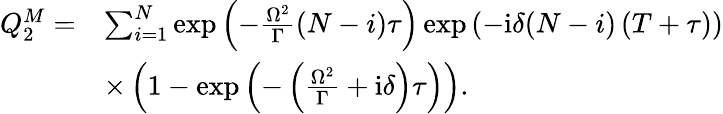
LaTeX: \begin{array}{rl}{Q_{2}^{M}=}&{\sum_{i=1}^{N}\exp\left(-\frac{\Omega^{2}}{\Gamma}(N-i)\tau\right)\exp\left(-\mathrm{i}\delta(N-i)\left(T+\tau\right)\right)}\\ &{\times\left(1-\exp\left(-\left(\frac{\Omega^{2}}{\Gamma}+\mathrm{i}\delta\right)\tau\right)\right).}\end{array}